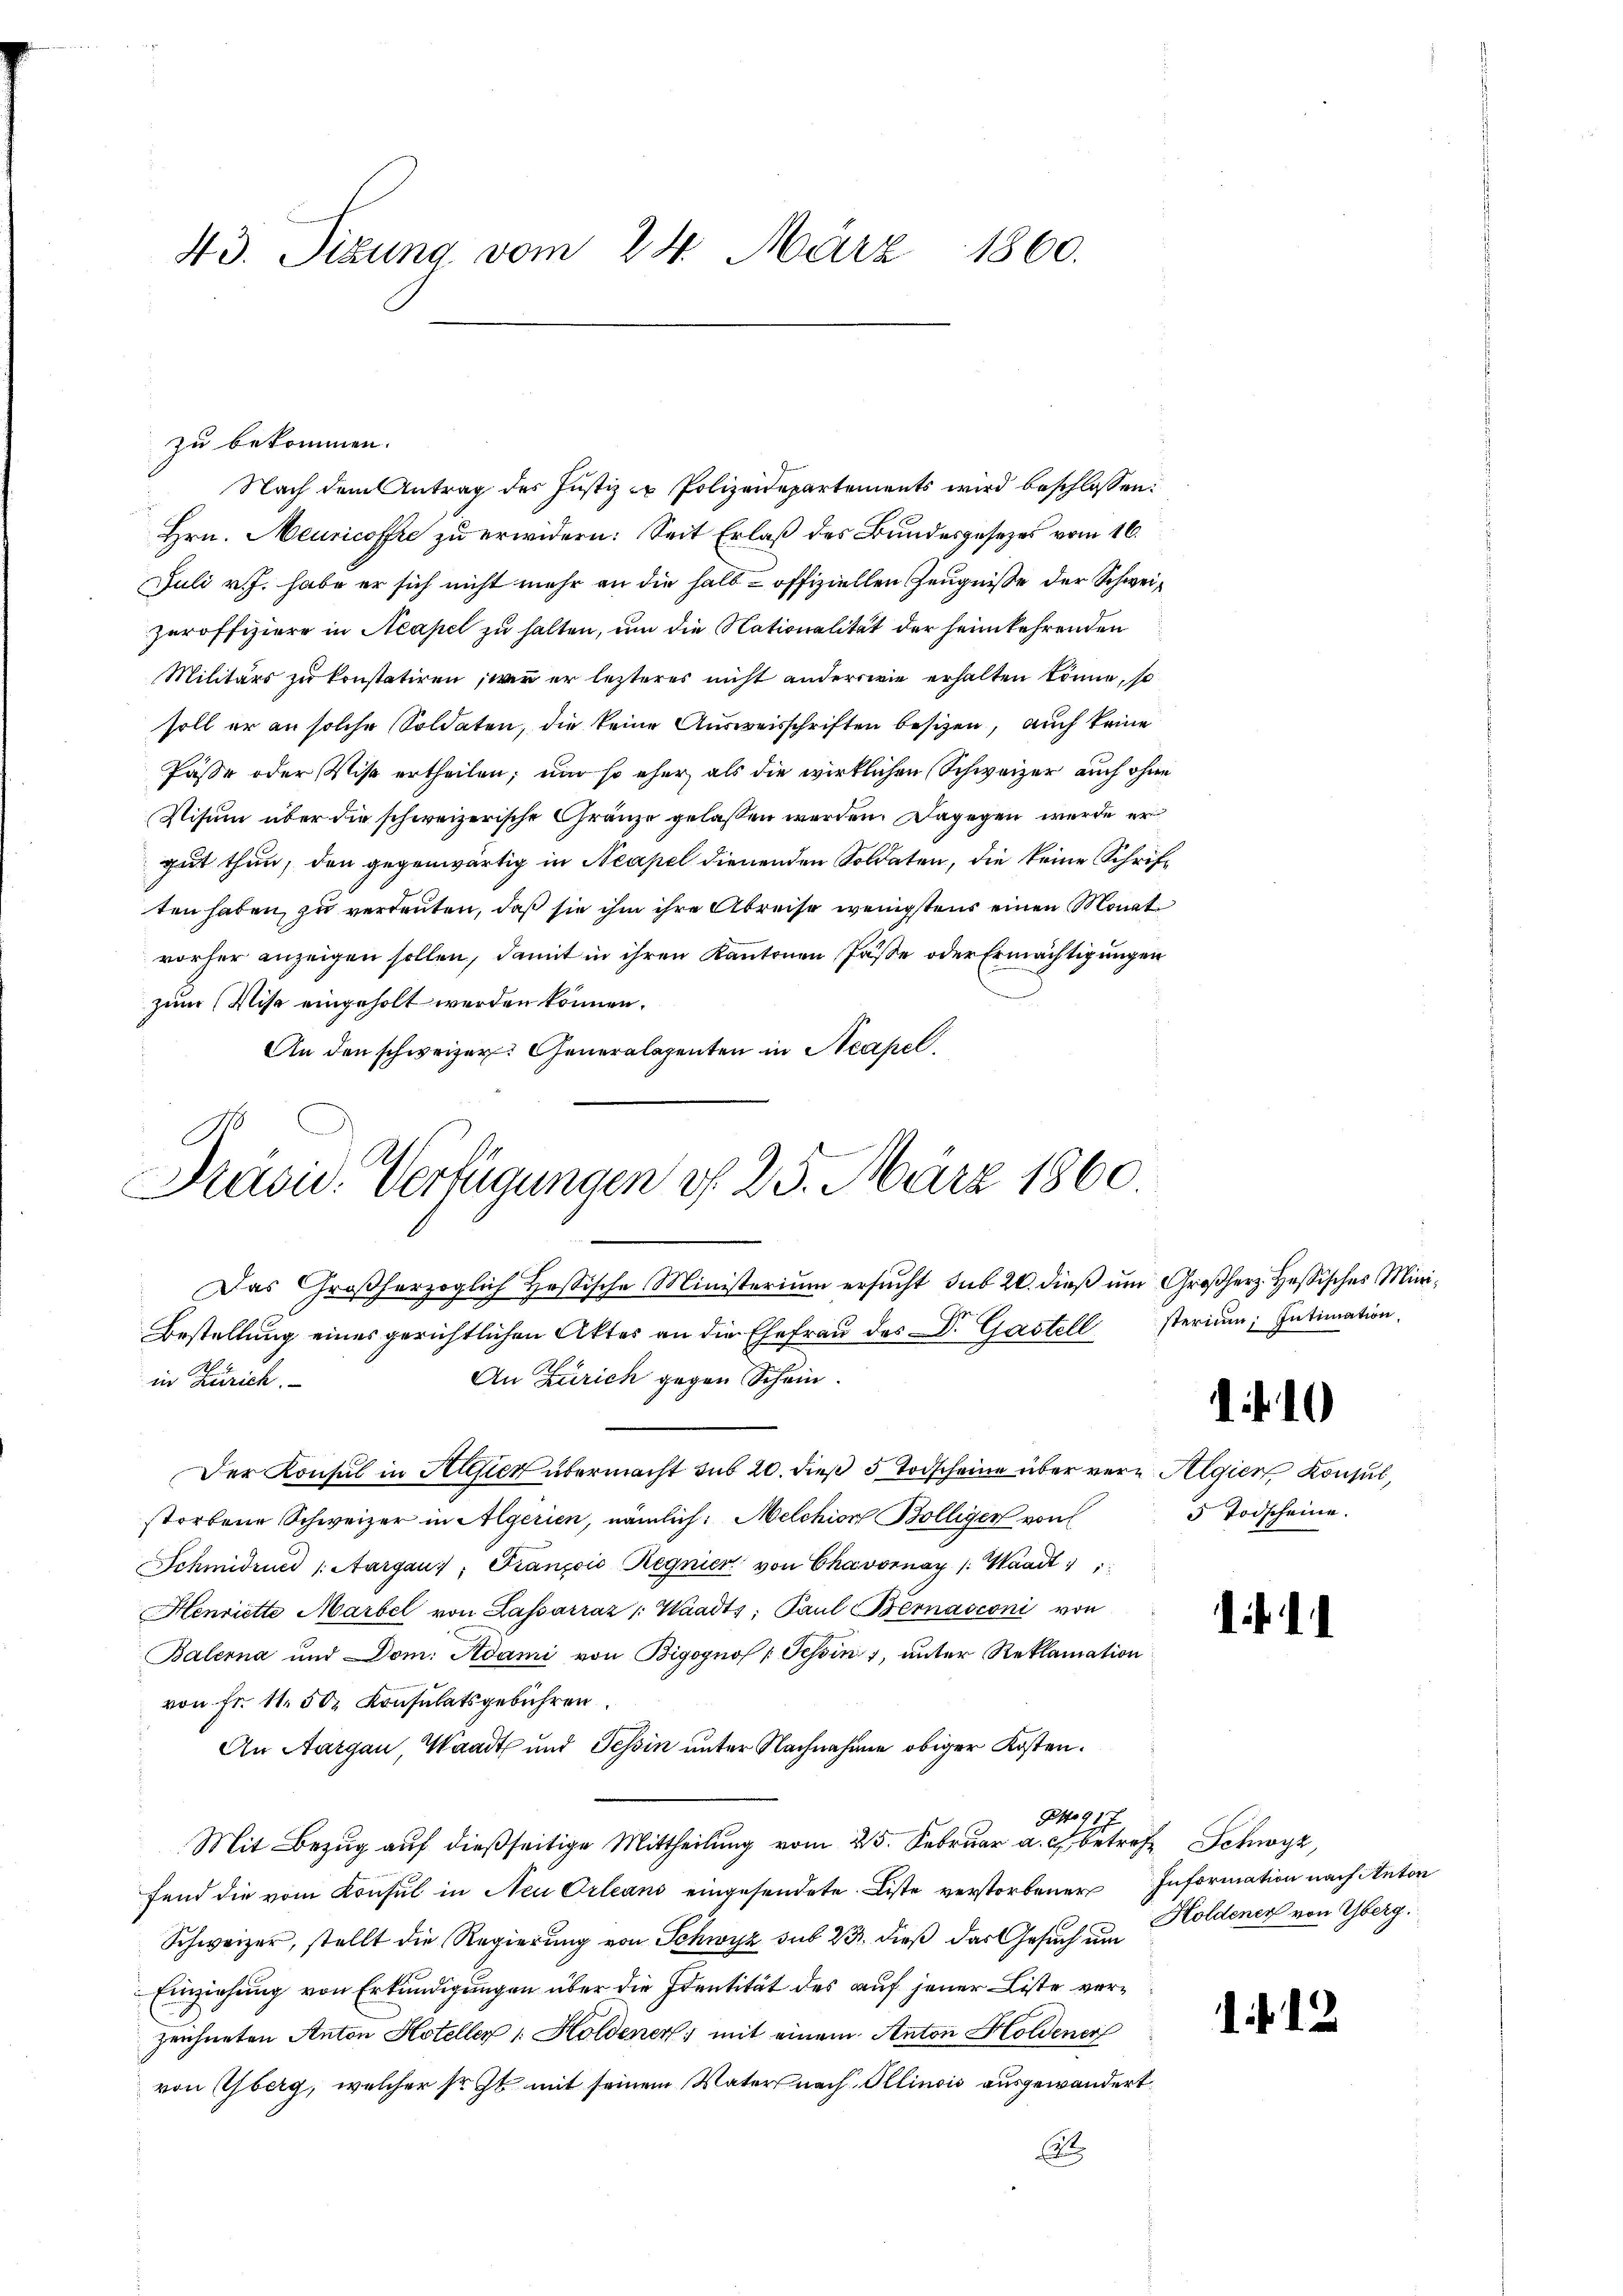
43. Sizung vom 24. März 1860.

zu bekommen.
 Nach dem Antrag des Justiz - Polizeidepartements wird beschlossen:
Hrn. Meuricoffre zu erwidern: Seit Erlaß des Bundesgesezes vom 16.
Juli v. J. habe er sich nicht mehr an die halb offiziellen Zeugnisse der Schweizuroffiziere in Neapel zu halten, um die Nationalität der heimkehrenden
Militärs zu konstatiren, wie er lezteres nicht anderswie erhalten könne, so
soll er an solche Soldaten, die keine Ausweisschriften besizen, auch keine
Pässe oder Wist ertheilen; und so eher als die wirklichen Schweizer auch ohne
Visum über die schweizerische Gränze gelassen werden. Dagegen wurde er
gut thun, den gegenwärtig in Neapel dienenden Soldaten, die keine Schriften haben, zu verleuten, daß sie ihm ihre Abreise wenigstens einen Monat
vorher anzeigen sollen, damit in ihren Kantonen Pässe oder Ermächtigungen
zum Wise eingeholt werden können.
An den schweizer: Generalagenten in Neapel

Präsid. Verfügungen d. 25. März 1860.

Das Großherzoglich Heßische Ministerium ersŭcht sub 20. dieβ ŭm Großherz. Hessisches Mini¬
Bestellung eines gerichtlichen Aktes an die Ehefrau des Dr. Gastell
An Zürich gegen Schein
in Zürich.
Der Konsul in Alesiez übermacht sub 20. dieß 5 Todscheine über vern Algier Konsul,
storbene Schweizer in Algerien, nämlich: Melchion Bölliger von
Schmidrued (Aargaus, Françoić Regnier von Chavornay /: Waadt
Henriette Marbel von Kassarráz : Waadts; Paŭl Bernasconi von
Balerna und Dom. Adami von Bigognos : Tessin, unter Reklamation
von Fr. 11. 50 Konsulatsgebühren.
An Aargau, Waadt und Tessin unter Nachnahme obiger Kosten.
No 917
Mit Bezug auf dießseitige Mittheilung vom 25. Februar a. c. betraf Schwyz,
fend die vom Konsul in Neu Orleans eingesendete Liste verstorbener
Schweizer, stellt die Regierung von Schwyz sub 23. dieß das Gesuch um Holdener von Yberg.
Einziehung von Erkundigungen über die Identität des auf jener Liste verzeichneten Anton Hoteller u. Holdener mit einem Anton Holdener
von Yberg, welcher sr. Zt. mit seinem Vater nach Ollinois ausgewandert
t

sterium Intimation,

f 10

5 Todscheine.

if.

f

Information nach Anton